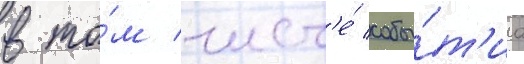
в то́м числ'е́ собы́т'иа